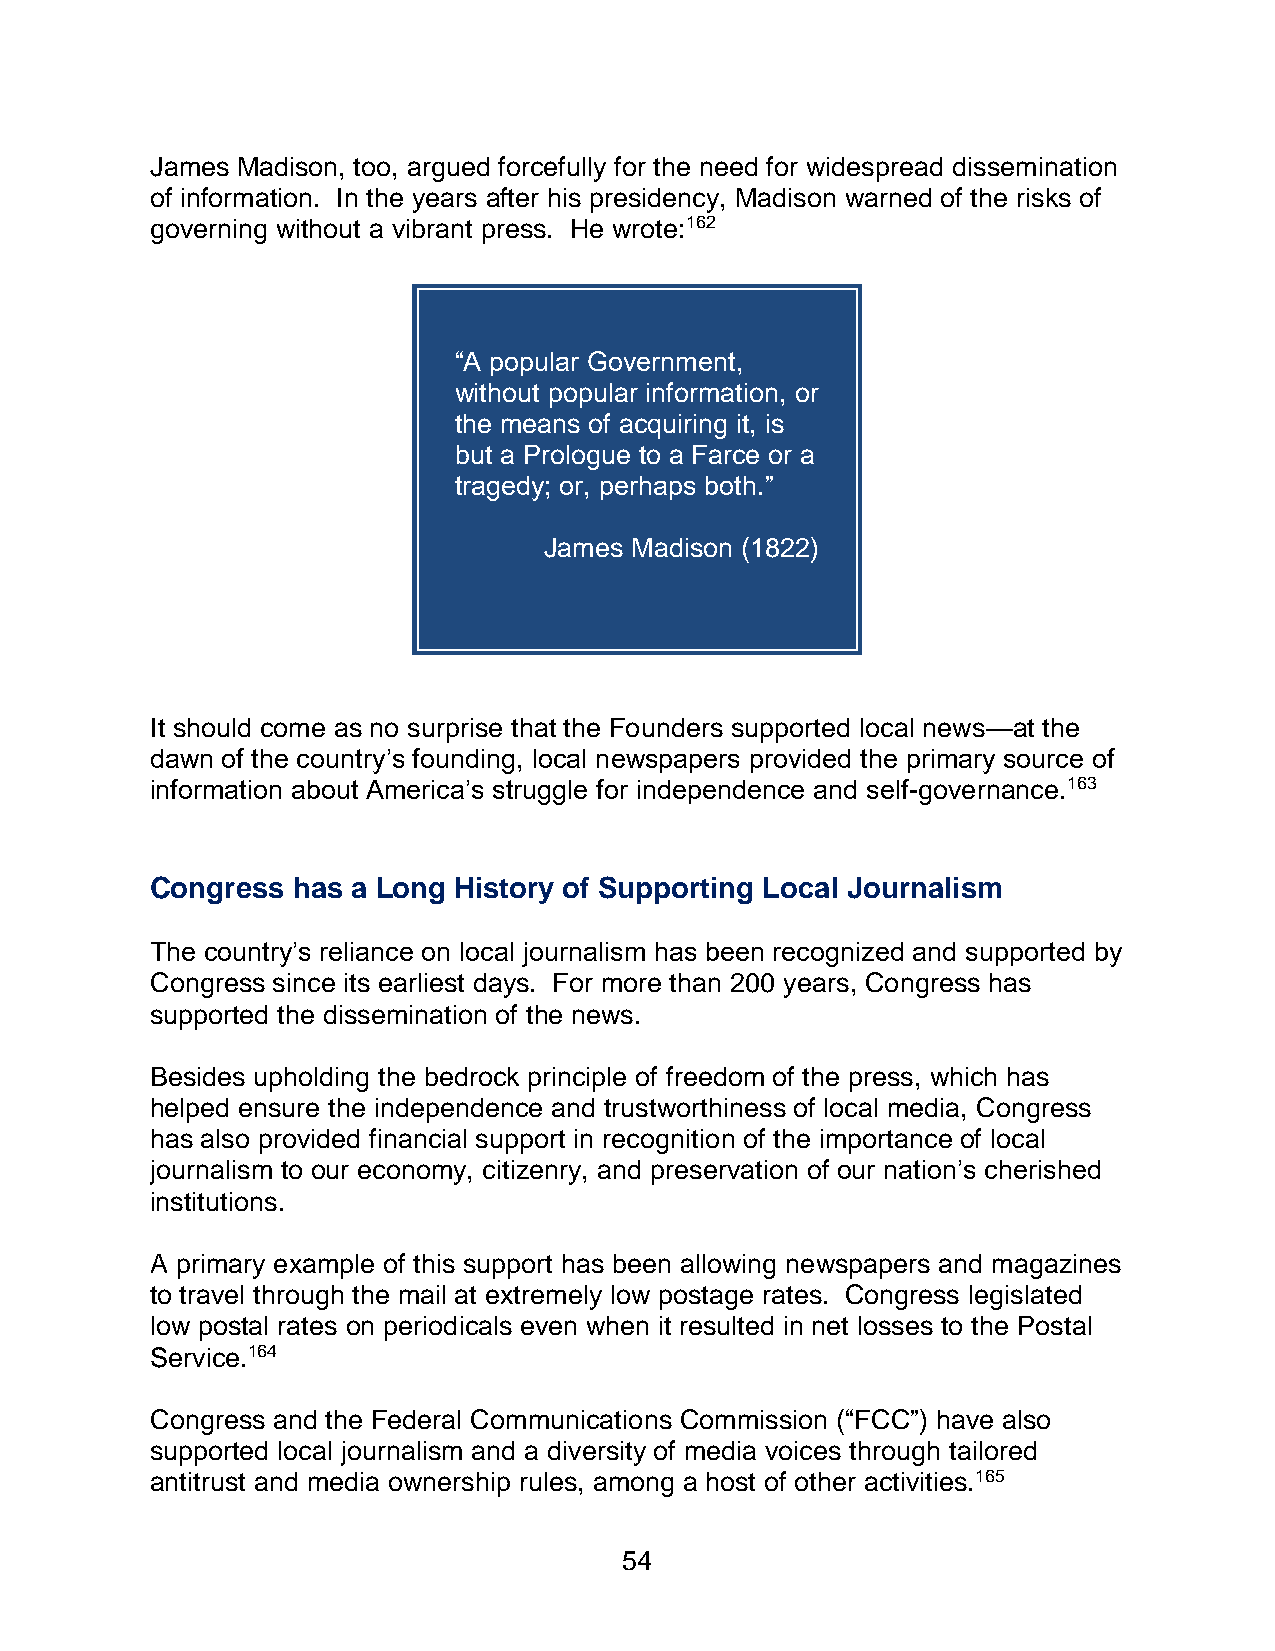
James Madison, too, argued forcefully for the need for widespread dissemination
 of information. In the years after his presidency, Madison warned of the risks of
 governing without a vibrant press. He wrote:162
 “A popular Government,
 without popular information, or
 the means of acquiring it, is
 but a Prologue to a Farce or a
 tragedy; or, perhaps both.”
 James Madison (1822)
 It should come as no surprise that the Founders supported local news—at the
 dawn of the country’s founding, local newspapers provided the primary source of
 information about America’s struggle for independence and self-governance.163
 Congress has a Long History of Supporting Local Journalism
 The country’s reliance on local journalism has been recognized and supported by
 Congress since its earliest days. For more than 200 years, Congress has
 supported the dissemination of the news.
 Besides upholding the bedrock principle of freedom of the press, which has
 helped ensure the independence and trustworthiness of local media, Congress
 has also provided financial support in recognition of the importance of local
 journalism to our economy, citizenry, and preservation of our nation’s cherished
 institutions.
 A primary example of this support has been allowing newspapers and magazines
 to travel through the mail at extremely low postage rates. Congress legislated
 low postal rates on periodicals even when it resulted in net losses to the Postal
 Service.164
 Congress and the Federal Communications Commission (“FCC”) have also
 supported local journalism and a diversity of media voices through tailored
 antitrust and media ownership rules, among a host of other activities.165
 54